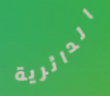
الدائرية